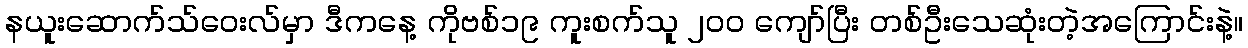
နယူးဆောက်သ်ဝေးလ်မှာ ဒီကနေ့ ကိုဗစ်၁၉ ကူးစက်သူ ၂၀၀ ကျော်ပြီး တစ်ဦးသေဆုံးတဲ့အကြောင်းနဲ့။